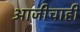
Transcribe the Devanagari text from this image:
आजीचाही